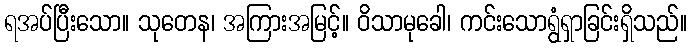
ရအပ်ပြီးသော။ သုတေန၊ အကြားအမြင့်။ ဝိသာမုခေါ၊ ကင်းသောရွံရှာခြင်းရှိသည်။